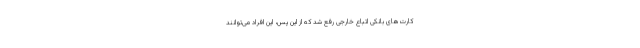
کارت‌های بانکی اتباع خارجی رفع شد که از این پس، این افراد می‌توانند